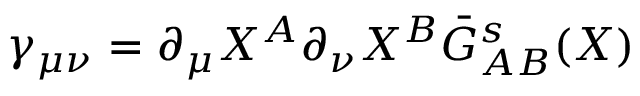
\gamma _ { \mu \nu } = \partial _ { \mu } X ^ { A } \partial _ { \nu } X ^ { B } \bar { G } _ { A B } ^ { s } ( X )